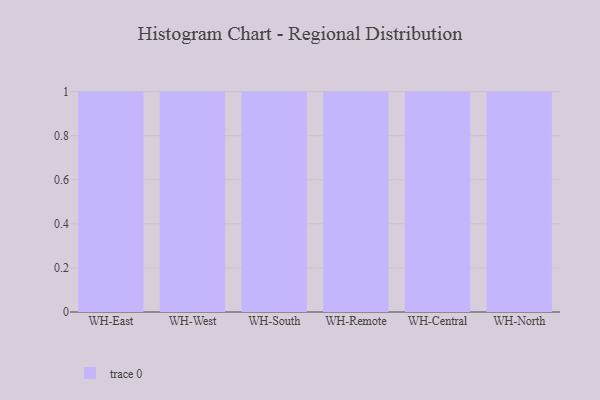
{"axis": {"x": "Warehouse", "y": "Inventory Turnover"}, "legend": [""], "data": [{"x": "WH-East", "y": 93, "type": ""}, {"x": "WH-West", "y": 58, "type": ""}, {"x": "WH-South", "y": 25, "type": ""}, {"x": "WH-Remote", "y": 20, "type": ""}, {"x": "WH-Central", "y": 62, "type": ""}, {"x": "WH-North", "y": 51, "type": ""}]}